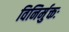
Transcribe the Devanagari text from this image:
विनिर्मुक्तः